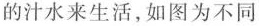
的汁水来生活，如图为不同